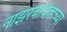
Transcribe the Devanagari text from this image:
नाझरबायेव्हच्या